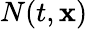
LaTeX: N(t,\mathbf{x})